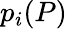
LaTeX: p_{i}(P)